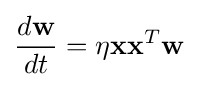
{\frac {d\mathbf {w} }{dt}}=\eta \mathbf {x} \mathbf {x} ^{T}\mathbf {w}